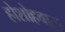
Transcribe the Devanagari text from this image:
होशोहवास